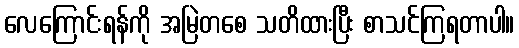
လေကြောင်းရန်ကို အမြဲတစေ သတိထားပြီး စာသင်ကြရတာပါ။